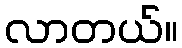
လာတယ်။